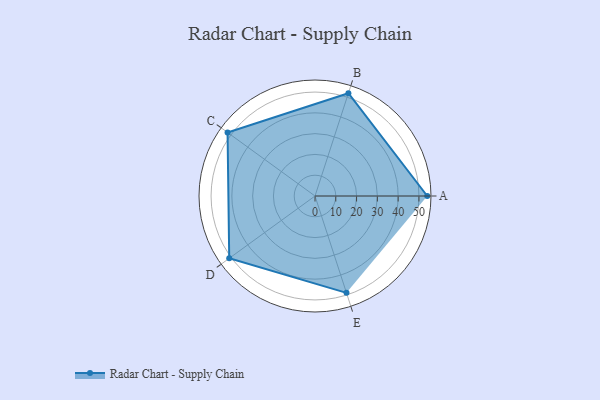
{"axis": {"x": "Skill", "y": "Score"}, "legend": ["Profile"], "data": [{"x": "A", "y": 54.0, "type": "Profile"}, {"x": "B", "y": 52.0, "type": "Profile"}, {"x": "C", "y": 52.0, "type": "Profile"}, {"x": "D", "y": 51.0, "type": "Profile"}, {"x": "E", "y": 49.0, "type": "Profile"}]}